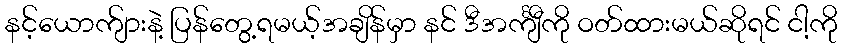
နင့်ယောက်ျားနဲ့ ပြန်တွေ့ရမယ့်အချိန်မှာ နင် ဒီအင်္ကျီကို ဝတ်ထားမယ်ဆိုရင် ငါ့ကို